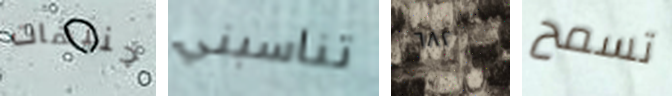
جنيهات تناسبني ٦٨٢ تسمح